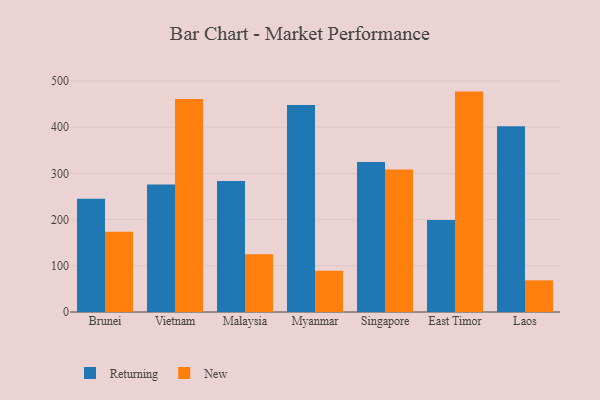
{"axis": {"x": "Country", "y": "Backlog"}, "legend": ["New", "Returning"], "data": [{"x": "Brunei", "y": 245.1, "type": "Returning"}, {"x": "Brunei", "y": 173.5, "type": "New"}, {"x": "Vietnam", "y": 276.1, "type": "Returning"}, {"x": "Vietnam", "y": 460.9, "type": "New"}, {"x": "Malaysia", "y": 283.7, "type": "Returning"}, {"x": "Malaysia", "y": 124.9, "type": "New"}, {"x": "Myanmar", "y": 448.1, "type": "Returning"}, {"x": "Myanmar", "y": 89.3, "type": "New"}, {"x": "Singapore", "y": 324.8, "type": "Returning"}, {"x": "Singapore", "y": 308.3, "type": "New"}, {"x": "East Timor", "y": 199.3, "type": "Returning"}, {"x": "East Timor", "y": 477.1, "type": "New"}, {"x": "Laos", "y": 401.9, "type": "Returning"}, {"x": "Laos", "y": 68.5, "type": "New"}]}